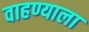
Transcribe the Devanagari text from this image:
वाहण्याला